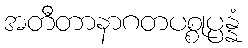
အတီတာနာဂတပစ္စုပ္ပန္နံ